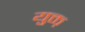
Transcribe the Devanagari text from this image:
युक्त़